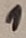
Text: 1